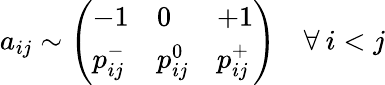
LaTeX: a_{ij}\sim\left(\begin{array}{lll}{-1}&{0}&{+1}\\ {p_{ij}^{-}}&{p_{ij}^{0}}&{p_{ij}^{+}}\end{array}\right)\quad\forall\: i<j